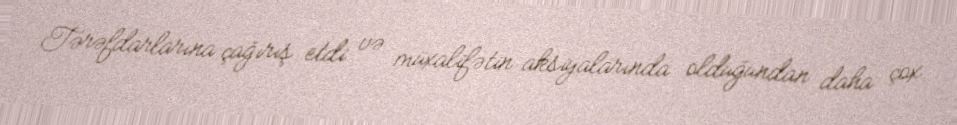
Tərəfdarlarına çağırış etdi və müxalifətin aksiyalarında olduğundan daha çox